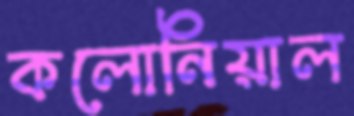
কলোনিয়াল